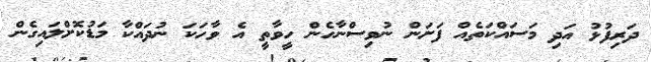
ދަރިފުޅު އަދި މަސައްކަތެއް ފަށަން ނުވިސްނާހެން ހީވާތީ އެ ވާހަކަ ނުދައްކާ މަޑުކޮށްލައިގެން